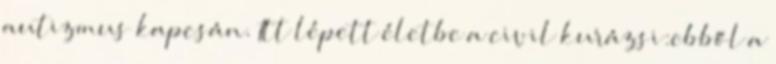
autizmus kapcsán. Itt lépett életbe a civil kurázsi:ebből a